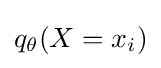
q_{\theta }(X=x_{i})